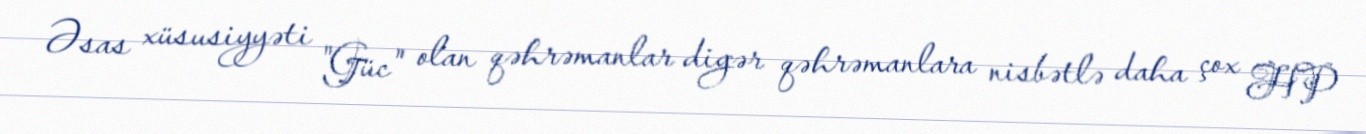
Əsas xüsusiyyəti "Güc" olan qəhrəmanlar digər qəhrəmanlara nisbətlə daha çox HP